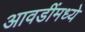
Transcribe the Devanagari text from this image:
आवडींमध्ये